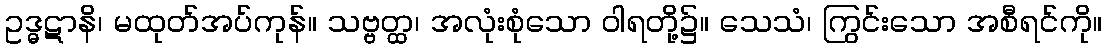
ဥဒ္ဓဋာနိ၊ မထုတ်အပ်ကုန်။ သဗ္ဗတ္ထ၊ အလုံးစုံသော ဝါရတို့၌။ သေသံ၊ ကြွင်းသော အစီရင်ကို။